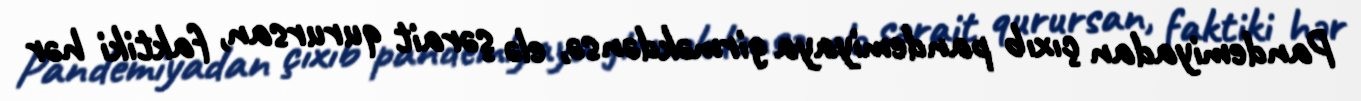
Pandemiyadan çıxıb pandemiyaya girməkdənsə, elə şərait qurursan, faktiki hər